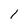
Character: l